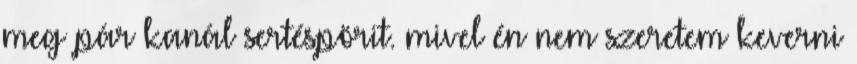
meg pár kanál sertéspörit. mivel én nem szeretem keverni